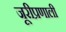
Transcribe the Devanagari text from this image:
जूरीप्रणाली